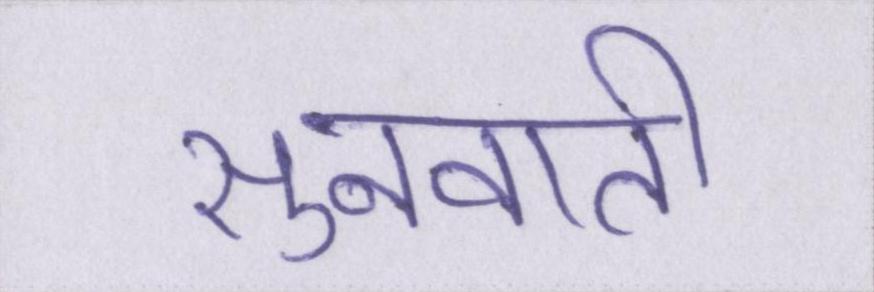
सुनवाती